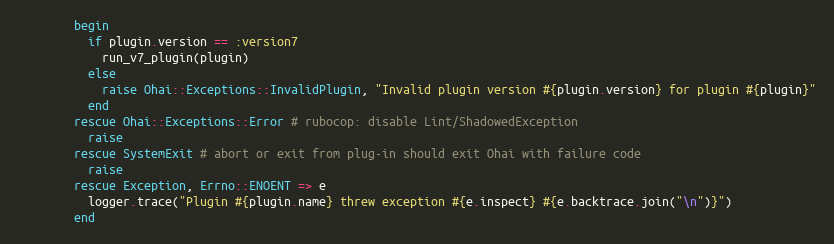
Language: Ruby
        begin
          if plugin.version == :version7
            run_v7_plugin(plugin)
          else
            raise Ohai::Exceptions::InvalidPlugin, "Invalid plugin version #{plugin.version} for plugin #{plugin}"
          end
        rescue Ohai::Exceptions::Error # rubocop: disable Lint/ShadowedException
          raise
        rescue SystemExit # abort or exit from plug-in should exit Ohai with failure code
          raise
        rescue Exception, Errno::ENOENT => e
          logger.trace("Plugin #{plugin.name} threw exception #{e.inspect} #{e.backtrace.join("\n")}")
        end